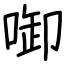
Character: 啣